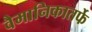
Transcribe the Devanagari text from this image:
वैमानिकातर्फे